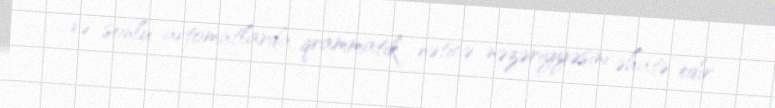
və sonlu avtomatlarda qrammatik nəticə nəzəriyyəsini əhatə edir.